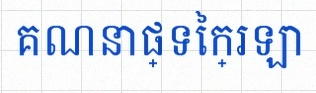
គណនាផ្ទៃក្រឡា